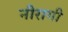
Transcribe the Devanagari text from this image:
नीरागी